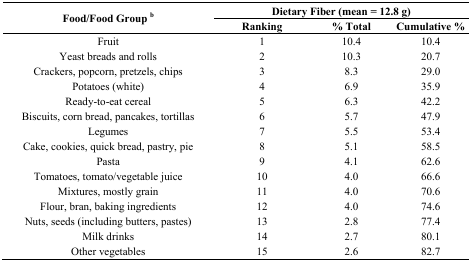
| <ROWSPAN=2> Food/Food Group b | <COLSPAN=3> Dietary Fiber (mean = 12.8 g) |
 | Ranking | % Total | Cumulative % |
 | --- | --- | --- | --- |
 | Fruit | 1 | 10.4 | 10.4 |
 | Yeast breads and rolls | 2 | 10.3 | 20.7 |
 | Crackers, popcorn, pretzels, chips | 3 | 8.3 | 29.0 |
 | Potatoes (white) | 4 | 6.9 | 35.9 |
 | Ready-to-eat cereal | 5 | 6.3 | 42.2 |
 | Biscuits, corn bread, pancakes, tortillas | 6 | 5.7 | 47.9 |
 | Legumes | 7 | 5.5 | 53.4 |
 | Cake, cookies, quick bread, pastry, pie | 8 | 5.1 | 58.5 |
 | Pasta | 9 | 4.1 | 62.6 |
 | Tomatoes, tomato/vegetable juice | 10 | 4.0 | 66.6 |
 | Mixtures, mostly grain | 11 | 4.0 | 70.6 |
 | Flour, bran, baking ingredients | 12 | 4.0 | 74.6 |
 | Nuts, seeds (including butters, pastes) | 13 | 2.8 | 77.4 |
 | Milk drinks | 14 | 2.7 | 80.1 |
 | Other vegetables | 15 | 2.6 | 82.7 |